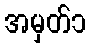
အမှတ်၁